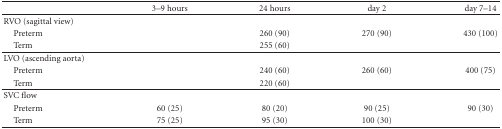
<table><thead><tr><td></td><td><b>3–9 hours</b></td><td><b>24 hours</b></td><td><b>day 2</b></td><td><b>day 7–14</b></td></tr></thead><tbody><tr><td>RVO (sagittal view)</td><td></td><td></td><td></td><td></td></tr><tr><td> Preterm</td><td></td><td>260 (90)</td><td>270 (90)</td><td>430 (100)</td></tr><tr><td> Term</td><td></td><td>255 (60)</td><td></td><td></td></tr><tr><td>LVO (ascending aorta)</td><td></td><td></td><td></td><td></td></tr><tr><td> Preterm</td><td></td><td>240 (60)</td><td>260 (60)</td><td>400 (75)</td></tr><tr><td> Term</td><td></td><td>220 (60)</td><td></td><td></td></tr><tr><td>SVC flow</td><td></td><td></td><td></td><td></td></tr><tr><td> Preterm</td><td>60 (25)</td><td>80 (20)</td><td>90 (25)</td><td>90 (30)</td></tr><tr><td> Term</td><td>75 (25)</td><td>95 (30)</td><td>100 (30)</td><td></td></tr></tbody></table>